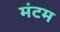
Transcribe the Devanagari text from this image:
मंटम